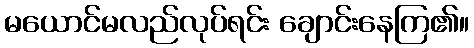
မယောင်မလည်လုပ်ရင်း ချောင်းနေကြ၏။